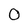
Character: 0